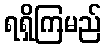
ရရှိကြမည်